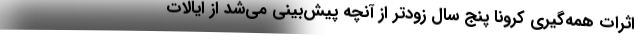
اثرات همه‌گیری کرونا پنج سال زودتر از آنچه پیش‌بینی می‌شد از ایالات